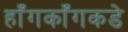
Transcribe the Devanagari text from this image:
हाँगकाँगकडे